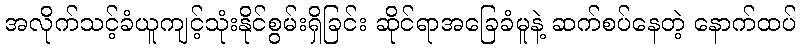
အလိုက်သင့်ခံယူကျင့်သုံးနိုင်စွမ်းရှိခြင်း ဆိုင်ရာအခြေခံမူနဲ့ ဆက်စပ်နေတဲ့ နောက်ထပ်